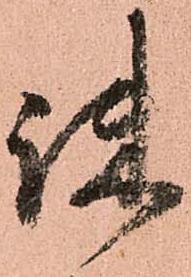
疎